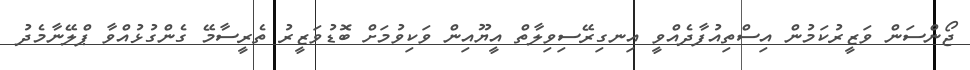
ޖޯންސަން ވަޒީރުކަމުން އިސްތިއުފާދެއްވީ އިނގިރޭސިވިލާތް އީޔޫއިން ވަކިވުމަށް ބޮޑުވަޒީރު ތެރީސާމޭ ގެންގުޅުއްވާ ޕްލޭނާމެދު